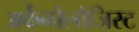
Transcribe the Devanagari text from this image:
अर्कनोलोजिस्ट